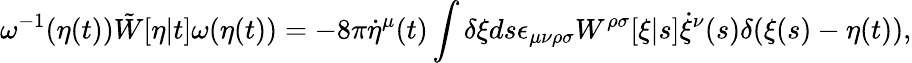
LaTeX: \omega^{-1}(\eta(t))\tilde{W}[\eta|t]\omega(\eta(t))=-8\pi\dot{\eta}^{\mu}(t)\int\delta\xi ds\epsilon_{\mu\nu\rho\sigma}W^{\rho\sigma}[\xi|s]\dot{\xi}^{\nu}(s)\delta(\xi(s)-\eta(t)),